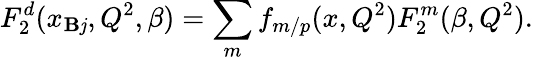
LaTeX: F_{2}^{d}(x_{\mathbf{B}\mathit{j}},Q^{2},\beta)=\sum_{m}f_{m/p}(x,Q^{2})F_{2}^{m}(\beta,Q^{2}).